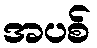
အပစ်